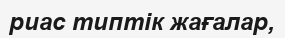
риас типтік жағалар,